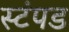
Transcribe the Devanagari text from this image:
स्टंपड